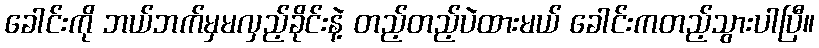
ခေါင်းကို ဘယ်ဘက်မှမလှည့်ခိုင်းနဲ့ တည့်တည့်ပဲထားမယ် ခေါင်းကတည့်သွားပါပြီ။